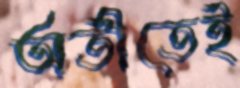
অতীতেই